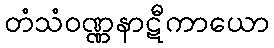
တံသံဝဏ္ဏနာဋီကာယော